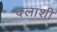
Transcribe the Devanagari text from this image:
दलाशी